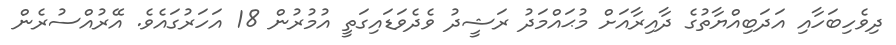
ދިވެހިބަހާއި އަދަބިއްޔާތުގެ ދާއިރާއަށް މުޙައްމަދު ރަޝީދު ވެދެވަޑައިގަތީ އުމުރުން 18 އަހަރުގައެވެ. އޭރުއްސުރެން